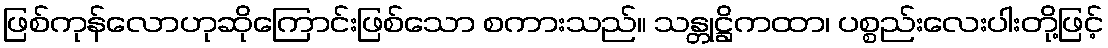
ဖြစ်ကုန်လောဟုဆိုကြောင်းဖြစ်သော စကားသည်။ သန္တုဋ္ဌိကထာ၊ ပစ္စည်းလေးပါးတို့ဖြင့်